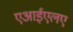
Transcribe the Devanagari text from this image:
एआईएलए